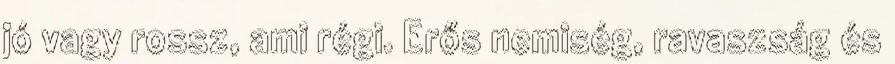
jó vagy rossz, ami régi. Erős nemiség, ravaszság és